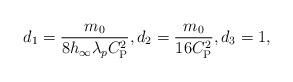
LaTeX: \begin{align*}d_{1} = \frac{m_{0}}{8 h_{\infty} \lambda_{p} C_{\mathrm{P}}^{2}} , d_{2} = \frac{m_{0}}{16 C_{\mathrm{P}}^{2}}, d_{3} = 1,\end{align*}